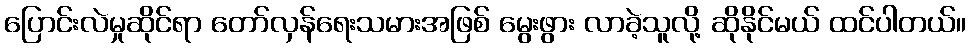
ပြောင်းလဲမှုဆိုင်ရာ တော်လှန်ရေးသမားအဖြစ် မွေးဖွား လာခဲ့သူလို့ ဆိုနိုင်မယ် ထင်ပါတယ်။